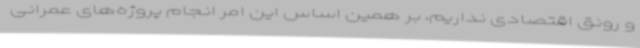
و رونق اقتصادی نداریم، بر همین اساس این امر انجام پروژه‌های عمرانی